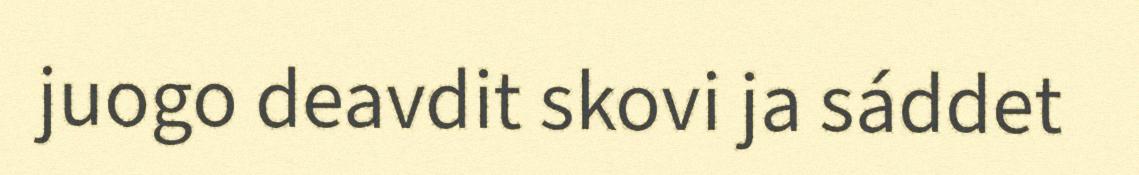
juogo deavdit skovi ja sáddet